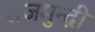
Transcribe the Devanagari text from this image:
राजमुन्द्री